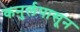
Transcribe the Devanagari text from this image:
कनुर्लपासून